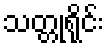
သတ္တုရိုင်း